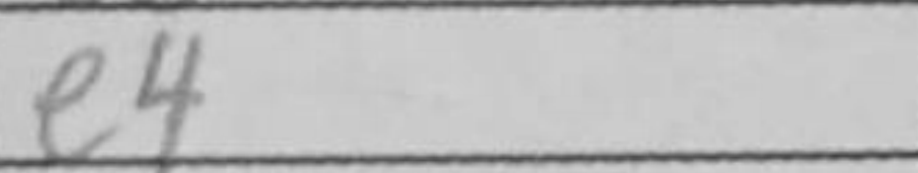
Transcription: e4